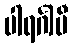
ပါရင်္ဂါမီ